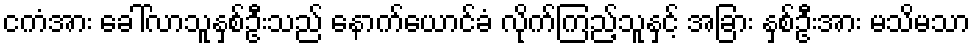
ငကံအား ခေါ်လာသူနှစ်ဦးသည် နောက်ယောင်ခံ လိုက်ကြည့်သူနှင့် အခြား နှစ်ဦးအား မသိမသာ